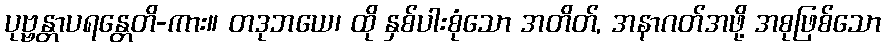
ပုဗ္ဗန္တာပရန္တေတိ-ကား။ တဒုဘယေ၊ ထို နှစ်ပါးစုံသော အတိတ်, အနာဂတ်အဖို့ အစုဖြစ်သော